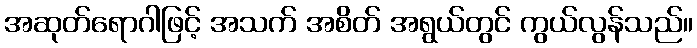
အဆုတ်ရောဂါဖြင့် အသက် အစိတ် အရွယ်တွင် ကွယ်လွန်သည်။